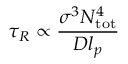
\tau _ { R } \propto \frac { \sigma ^ { 3 } N _ { \mathrm { t o t } } ^ { 4 } } { D l _ { p } }